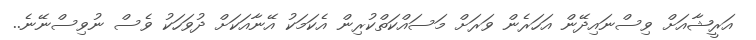
އަރީޝާއަށް ވިސްނައިދޭން އަހަރެން ވަރަށް މަސައްކަތްކުރިން އެކަމަކު އޭނާއަކަށް ދުވަހަކު ވެސް ނުވިސްނޭނެ..